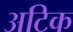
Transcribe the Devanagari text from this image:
अटिक